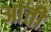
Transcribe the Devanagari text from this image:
आंती